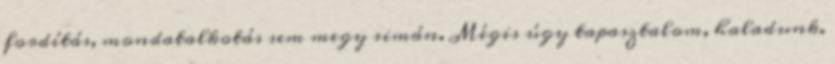
fordítás, mondatalkotás sem megy simán. Mégis úgy tapasztalom, haladunk.